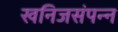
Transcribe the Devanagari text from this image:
खनिजसंपन्न